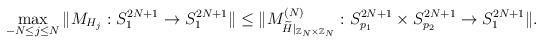
LaTeX: \begin{align*}\max_{-N \leq j \leq N} \Vert M_{ H_j }: S_{1}^{2N+1} \rightarrow S_{1}^{2N+1} \Vert\leq \Vert M_{\widetilde{ H }\vert_{\mathbb{Z}_N \times \mathbb{Z}_N}}^{(N)}: S_{p_1}^{2N+1} \times S_{p_2}^{2N+1} \rightarrow S_{1}^{2N+1} \Vert.\end{align*}